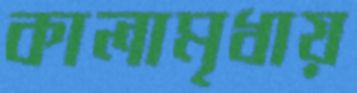
কালামৃধায়